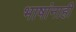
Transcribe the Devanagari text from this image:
भाषांनाही